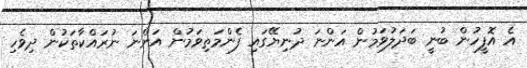
އެ އޮފީހުން ބުނީ ބަދަލުވަމުން އަންނަ ދުނިޔޭގައި ފެންމަތިވަމުން އަންނަ ނުރައްކާތަކުން ދިވެހި